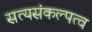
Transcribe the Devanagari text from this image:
सत्यसंकल्पत्व